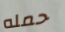
حمله